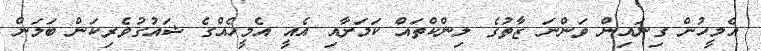
އެމީހުން ގިނައިން ވަންނަ ޒާތުގެ ލިންކްތައް ކަމަށާއި އެއީ އެމީހެއްގެ ޝައުގުވެރިކަން ބަލަން